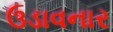
ઉડાવનાર